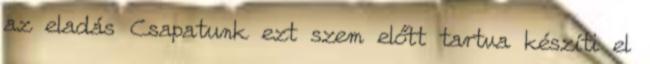
az eladás Csapatunk ezt szem előtt tartva készíti el